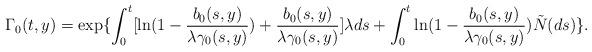
LaTeX: \begin{align*}\Gamma_0(t,y)=\exp\{\int_0^t[\ln(1-\frac{b_0(s,y)}{\lambda\gamma_0(s,y)})+\frac{b_0(s,y)}{\lambda\gamma_0(s,y)}]\lambda ds+\int_0^t\ln(1-\frac{b_0(s,y)}{\lambda\gamma_0(s,y)})\tilde{N}(ds)\}.\end{align*}